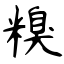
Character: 糗